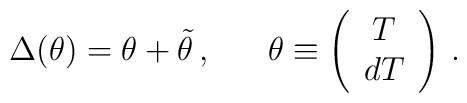
\Delta(\theta )=\theta +\tilde{\theta }\,, \ \ \ \ \ \theta \equiv\left( \begin{array}{c}T \\ dT \end{array} \right)\,.